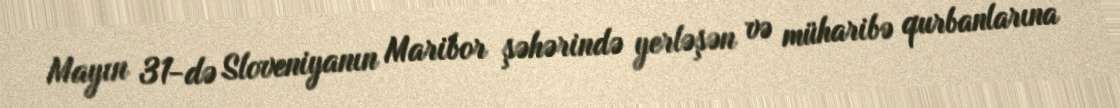
Mayın 31-də Sloveniyanın Maribor şəhərində yerləşən və müharibə qurbanlarına